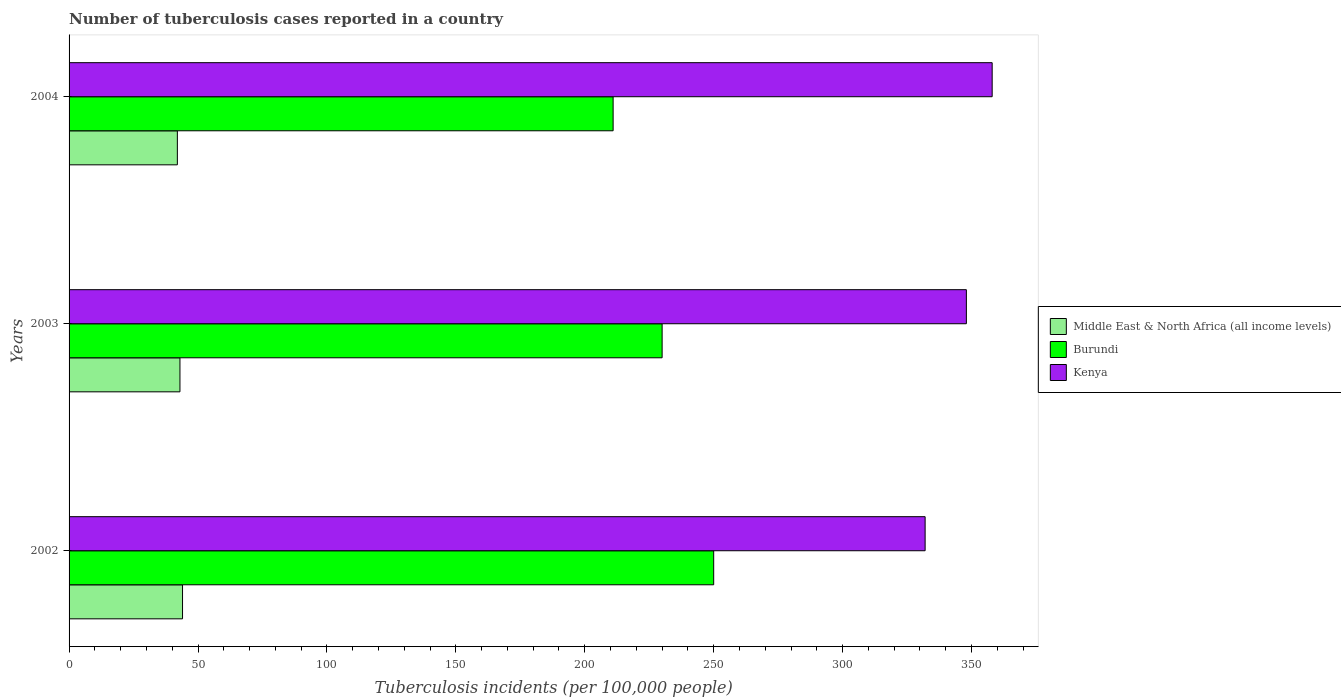
| Years | Middle East & North Africa (all income levels) | Burundi | Kenya |
 | --- | --- | --- | --- |
 | 2002 | 44 | 250 | 332 |
 | 2003 | 43 | 230 | 348 |
 | 2004 | 42 | 211 | 358 |